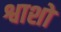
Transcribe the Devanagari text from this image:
श्वाशों